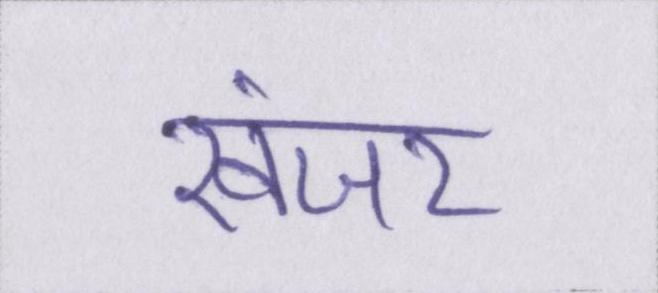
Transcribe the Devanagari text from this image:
खंजर